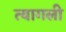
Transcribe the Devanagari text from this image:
त्यागली